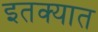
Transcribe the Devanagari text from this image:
इतक्‍यात